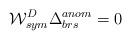
LaTeX: \begin{align*}{\cal W}^D_{sym} \Delta^{anom}_{brs} = 0\end{align*}